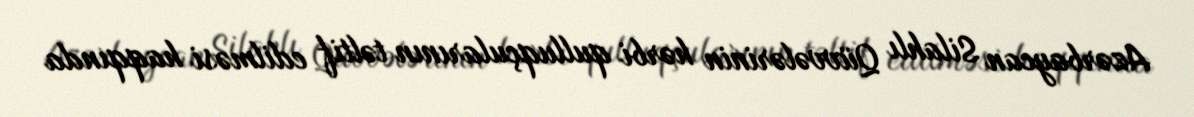
Azərbaycan Silahlı Qüvvələrinin hərbi qulluqçularının təltif edilməsi haqqında